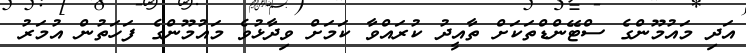
އަދި މައުމޫންގެ ސްޓޭންޑްތަކަށް ތާއީދު ކުރައްވާ ކަމަށް ވިދާޅުވެ މައުމޫންގެ ފަަހަތުން އުމަރު